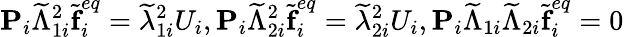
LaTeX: \textbf{P}_{i}\widetilde{\Lambda}_{1i}^{2}\widetilde{\textbf{f}}_{i}^{eq}=\widetilde{\lambda}_{1i}^{2}U_{i},\textbf{P}_{i}\widetilde{\Lambda}_{2i}^{2}\widetilde{\textbf{f}}_{i}^{eq}=\widetilde{\lambda}_{2i}^{2}U_{i},\textbf{P}_{i}\widetilde{\Lambda}_{1i}\widetilde{\Lambda}_{2i}\widetilde{\textbf{f}}_{i}^{eq}=0